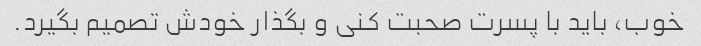
خوب، باید با پسرت صحبت کنی و بگذار خودش تصمیم بگیرد.